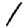
Digit: 1